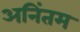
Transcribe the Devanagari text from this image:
अनिंतम